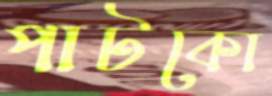
পাটকো